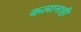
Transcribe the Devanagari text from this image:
कलानाही